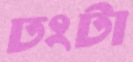
ঢংটা